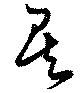
矣